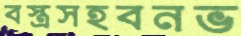
বস্ত্রসহবনভ